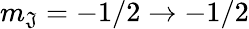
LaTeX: m_{\mathfrak{J}}=-1/2\rightarrow-1/2